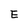
Character: E